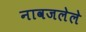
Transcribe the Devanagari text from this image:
नावजलेले